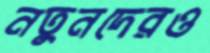
নতুনদেরও